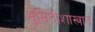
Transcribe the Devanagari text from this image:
भूमितीशास्त्रात